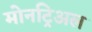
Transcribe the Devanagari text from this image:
मोनट्रिअल